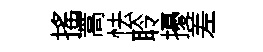
搖蒿怯聆擾差